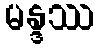
မန္ဒဿ